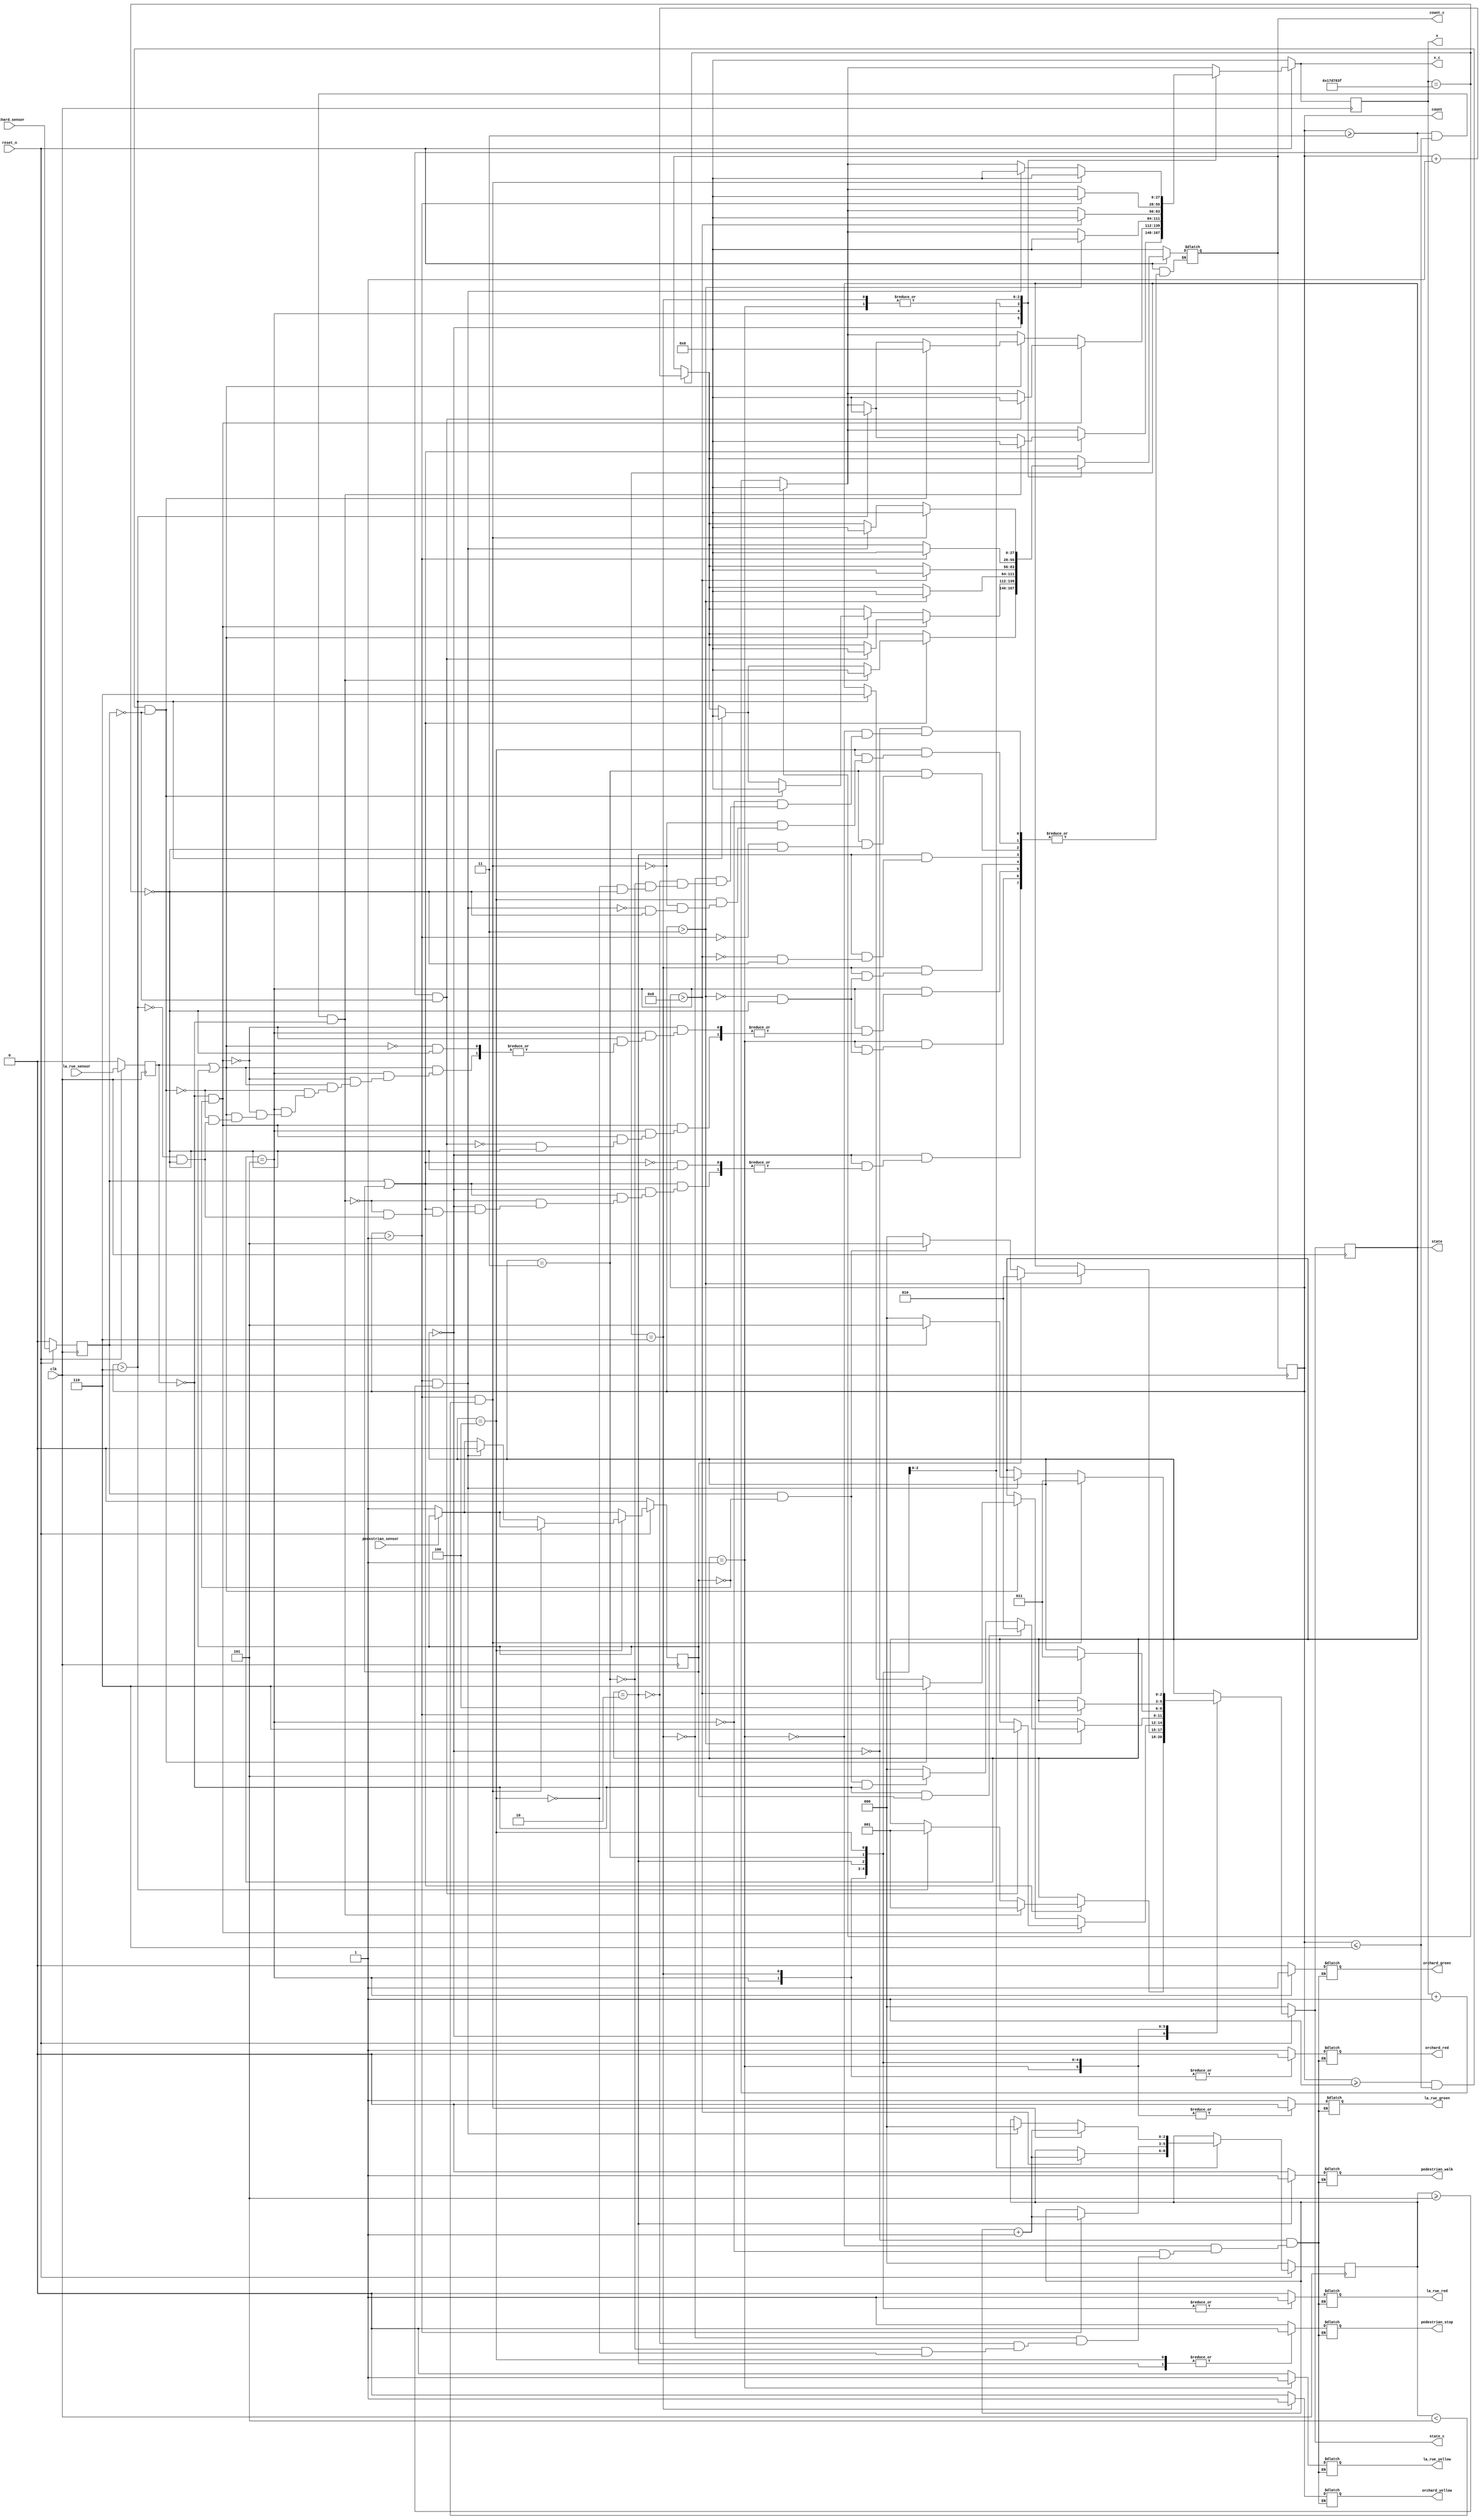
module state_machine(

	clk, reset_n, la_rue_sensor, orchard_sensor, pedestrian_sensor, 
	la_rue_green, la_rue_yellow, la_rue_red, 
	orchard_green, orchard_yellow, orchard_red,
	pedestrian_walk, pedestrian_stop, count, count_c, state, state_c, x, x_c
	
);
	//Inputs
	input reset_n;
	input clk;
	input la_rue_sensor, orchard_sensor, pedestrian_sensor;
	
	//Outputs
	output reg la_rue_green, la_rue_yellow, la_rue_red;
	output reg orchard_green, orchard_yellow, orchard_red;
	output reg pedestrian_walk, pedestrian_stop;
	
	//FLIP FLOPS
	
	//Sensor flip flops
	reg [2:0] flash_count, flash_count_c; //Used to count number of flashes
	reg pedestrian_queue, pedestrian_queue_c; //Used to store pedestrian requests
	
	reg la_rue_sensor_ff, orchard_sensor_ff, pedestrian_sensor_ff;
	reg la_rue_sensor_ff_c, orchard_sensor_ff_c, pedestrian_sensor_ff_c;
	
	//State Flip Flops
	output reg [2:0] state;
	output reg [2:0] state_c;
	
	//Counter flip flops
	output reg [27:0] count;
	output reg [27:0] count_c;
	
	output reg [27:0] x; //Counter
	output reg [27:0] x_c;
	
	//State definitions
	parameter LA_RUE_GREEN_st = 4'b0000;
	parameter LA_RUE_YELLOW_st = 4'b0001;
	parameter PED_WALK_st = 4'b0010;
	parameter PED_DONT_WALK_st = 4'b0011;
	parameter PED_OFF_st = 4'b0100;
	parameter ORCHARD_GREEN_st = 4'b0101;
	parameter ORCHARD_YELLOW_st = 4'b0110;
	
	always @(*) begin
		
		//Flip Flop Defaults
		state_c = state;
		flash_count_c = flash_count;
		
		la_rue_sensor_ff_c = la_rue_sensor; //Save sensor states to FF
		orchard_sensor_ff_c = orchard_sensor;
		pedestrian_sensor_ff_c = pedestrian_sensor_ff; 
		
		//Counter
		//count_c = count + 1; //Uncomment for testbench
		x_c = x + 28'b1; //Clock counter
		
		//Counter. Comment out for testbench
		if (x == 28'd24999999) begin //1 sec
			x_c = 28'd0;
			count_c = count + 28'b1; //Increase counter once per second
		end
		
		if (pedestrian_sensor == 0) begin
			pedestrian_sensor_ff_c = 1'b1; //To remember whether the pedestrian has pressed the signal
		end

		
		//State Machine Logic
		case (state) 
			
			LA_RUE_GREEN_st: begin
			
				la_rue_green = 1'b1;
				la_rue_yellow = 1'b0;
				la_rue_red = 1'b0;
				
				orchard_green = 1'b0;
				orchard_yellow = 1'b0;
				orchard_red = 1'b1;
				
				pedestrian_walk = 1'b0;
				pedestrian_stop = 1'b1;
			
				if (orchard_sensor_ff == 1'b1 | pedestrian_sensor_ff == 1'b1) begin
					if ((count >= 4'b0011) & (count <= 4'b0110) & la_rue_sensor_ff == 1'b0) begin
						state_c = LA_RUE_YELLOW_st;
						count_c = 28'b0;
						x_c = 28'b0;
					end
					else if (count > 4'b0110) begin
						state_c = LA_RUE_YELLOW_st;
						count_c = 28'b0;
						x_c = 28'b0;
					end
				end
				
			end
			
			LA_RUE_YELLOW_st: begin
			
				la_rue_green = 1'b0;
				la_rue_yellow = 1'b1;
				la_rue_red = 1'b0;
				
				orchard_green = 1'b0;
				orchard_yellow = 1'b0;
				orchard_red = 1'b1;
				
				pedestrian_walk = 1'b0;
				pedestrian_stop = 1'b1;
				
				if (count > 4'b0011) begin
					if (pedestrian_sensor_ff == 1'b1) begin //Change to allow for memory
						state_c = PED_WALK_st;
						count_c = 28'b0;
						x_c = 28'b0;
					end
					else if (pedestrian_sensor_ff == 1'b0 & orchard_sensor_ff == 1'b1) begin
						state_c = ORCHARD_GREEN_st;
						count_c = 28'b0;
						x_c = 28'b0;
					end
					else begin //If there are no requests active
						state_c = LA_RUE_GREEN_st;
						count_c = 28'b0;
						x_c = 28'b0;
					end
				end
				
			end
			
			ORCHARD_GREEN_st: begin
			
				la_rue_green = 1'b0;
				la_rue_yellow = 1'b0;
				la_rue_red = 1'b1;
				
				orchard_green = 1'b1;
				orchard_yellow = 1'b0;
				orchard_red = 1'b0;
				
				pedestrian_walk = 1'b0;
				pedestrian_stop = 1'b1;
				
				if (la_rue_sensor_ff == 1'b0 & pedestrian_sensor_ff == 1'b0) begin //no other sensor active
					if (count >= 4'b0011 & orchard_sensor_ff == 1'b0) begin
						state_c = ORCHARD_YELLOW_st;
						count_c = 28'b0;
						x_c = 28'b0;
					end
				end
				
				else if (la_rue_sensor_ff == 1'b1 | pedestrian_sensor_ff == 1'b1) begin
					if (count >= 4'b0001 & count <= 4'b0110 & orchard_sensor_ff == 1'b0) begin //3<=t<=6 and orchard off
						state_c = ORCHARD_YELLOW_st;
						count_c = 28'b0;
						x_c = 28'b0;
					end
					
					else if (count > 4'b0110) begin
						state_c = ORCHARD_YELLOW_st;
						count_c = 28'b0;
						x_c = 28'b0;
					end
					
				end
				
			end
			
			ORCHARD_YELLOW_st: begin
			
				la_rue_green = 1'b0;
				la_rue_yellow = 1'b0;
				la_rue_red = 1'b1;
				orchard_green = 1'b0;
				orchard_yellow = 1'b1;
				orchard_red = 1'b0;
				pedestrian_walk = 1'b0;
				pedestrian_stop = 1'b1;
				
				if (count > 4'b0011) begin
					
					state_c = LA_RUE_GREEN_st; //Default next state
					
					if (la_rue_sensor_ff == 1'b0 & pedestrian_sensor_ff == 1'b1) begin
						state_c = PED_WALK_st;
					end
					else if (orchard_sensor_ff == 1'b1 & pedestrian_sensor_ff == 1'b0 & la_rue_sensor_ff == 1'b0) begin
						state_c = ORCHARD_GREEN_st;
					end
					
					count_c = 28'b0;
					x_c = 28'b0;
					
				end
			
			end
			
			PED_WALK_st: begin
			
				la_rue_green = 1'b0;
				la_rue_yellow = 1'b0;
				la_rue_red = 1'b1;
				
				orchard_green = 1'b0;
				orchard_yellow = 1'b0;
				orchard_red = 1'b1;
				
				pedestrian_walk = 1'b1;
				pedestrian_stop = 1'b0;
			
				if (count > 4'b1000) begin //Offset to account for 0, transition
					state_c = PED_DONT_WALK_st;
					flash_count_c = flash_count + 4'b0001;
					count_c = 28'b0;
					x_c = 28'b0;
				end
			
			
			end
			
			PED_DONT_WALK_st: begin
			
				la_rue_green = 1'b0;
				la_rue_yellow = 1'b0;
				la_rue_red = 1'b1;
				
				orchard_green = 1'b0;
				orchard_yellow = 1'b0;
				orchard_red = 1'b1;
				
				pedestrian_walk = 1'b0;
				pedestrian_stop = 1'b1;
				
				
				
				if (count > 4'b0001) begin
					state_c = PED_OFF_st;
					flash_count_c = flash_count + 4'b0001;
					count_c = 28'b0;
					x_c = 28'b0;
					
				end
				
			end
			
			PED_OFF_st: begin
			
				la_rue_green = 1'b0;
				la_rue_yellow = 1'b0;
				la_rue_red = 1'b1;
				
				orchard_green = 1'b0;
				orchard_yellow = 1'b0;
				orchard_red = 1'b1;
				
				pedestrian_walk = 1'b0;
				pedestrian_stop = 1'b0;
				
				
				//Still Flashing
				//if (count > 4'b0001 & flash_count != 4'b0110) begin
				if (count > 4'b0001 & flash_count < 4'b0101) begin
					flash_count_c = flash_count + 4'b0001;
					state_c = PED_DONT_WALK_st;
					count_c = 28'b0;
					x_c = 28'b0;
					
				end
				
				
				//else if (flash_count >= 4'b0110) begin
				else if (count > 4'b0001 & flash_count >= 4'b0101) begin
				
					if (orchard_sensor_ff == 1'b0) begin //No orchard request, could be La Rue or ped request
						state_c = LA_RUE_GREEN_st;
						count_c = 28'b0;
						x_c = 28'b0;
						flash_count_c = 4'b0000;
						pedestrian_sensor_ff_c = 1'b0; //Clear queue
					end
					else begin
						state_c = ORCHARD_GREEN_st;
						count_c = 28'b0;
						x_c = 28'b0;
						flash_count_c = 4'b0000;
						pedestrian_sensor_ff_c = 1'b0; //Clear queue
					end
					
				end
				
			end
			
		endcase
		
		
		

		
		//If reset
		if (reset_n == 0) begin


			state_c = 4'b0000;
			
			x_c = 28'd0;
			
			count_c = 28'd0;
			
			flash_count_c = 4'b0000;
			
			orchard_sensor_ff_c = 1'b0;
			la_rue_sensor_ff_c = 1'b0;
			
			pedestrian_sensor_ff_c = 1'b0;
			
		end
		
	end
	
	//Flip Flops
	//always @( clk) begin //Uncomment for testbench
	always @(posedge clk) begin //Comment out for testbench	
		state <= #1 state_c;
		count <= #1 count_c;
		x <= #1 x_c;
		flash_count <= #1 flash_count_c;
		
		orchard_sensor_ff <= #1 orchard_sensor_ff_c;
		la_rue_sensor_ff <= #1 la_rue_sensor_ff_c;
		pedestrian_sensor_ff <= #1 pedestrian_sensor_ff_c;
		
	end
	
	
endmodule